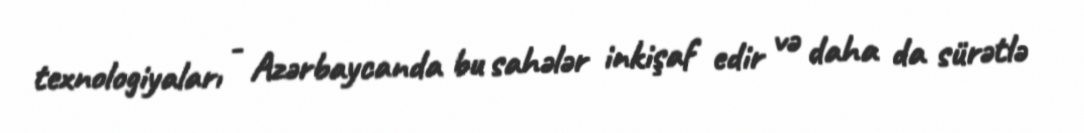
texnologiyaları - Azərbaycanda bu sahələr inkişaf edir və daha da sürətlə